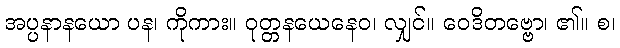
အပ္ပနာနယော ပန၊ ကိုကား။ ဝုတ္တနယေနေဝ၊ လျှင်။ ဝေဒိတဗ္ဗော၊ ၏။ စ၊